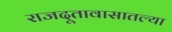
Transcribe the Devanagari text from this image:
राजदूतावासातल्या